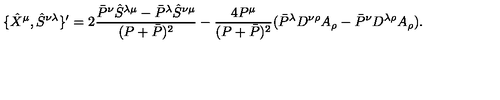
\{ \hat { X } ^ { \mu } , \hat { S } ^ { \nu \lambda } \} ^ { \prime } = 2 \frac { \bar { P } ^ { \nu } \hat { S } ^ { \lambda \mu } - \bar { P } ^ { \lambda } \hat { S } ^ { \nu \mu } } { ( P + \bar { P } ) ^ { 2 } } - \frac { 4 P ^ { \mu } } { ( P + \bar { P } ) ^ { 2 } } ( \bar { P } ^ { \lambda } D ^ { \nu \rho } A _ { \rho } - \bar { P } ^ { \nu } D ^ { \lambda \rho } A _ { \rho } ) . \nonumber \,